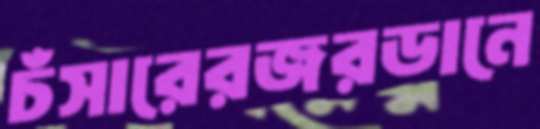
চঁসারেরজরডানে